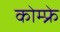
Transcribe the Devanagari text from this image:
कोम्फ्रे